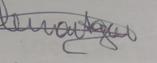
Signature authenticity: genuine